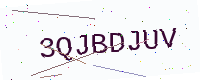
Text: 3QJBDJUV